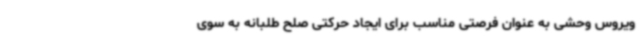
ویروس وحشی به عنوان فرصتی مناسب برای ایجاد حرکتی صلح طلبانه به سوی